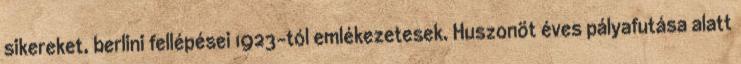
sikereket, berlini fellépései 1923-tól emlékezetesek. Huszonöt éves pályafutása alatt